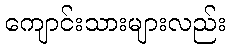
ကျောင်းသားများလည်း